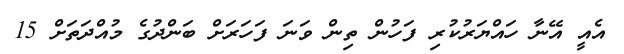
އެއީ އޭނާ ހައްޔަރުކުރި ފަހުން ތިން ވަނަ ފަހަރަށް ބަންދުގެ މުއްދަތަށް 15